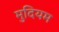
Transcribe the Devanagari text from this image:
मुदियम